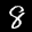
Label: 8